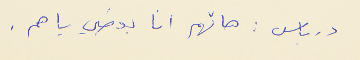
درباس : هاتهم انا بعطي ياهم .